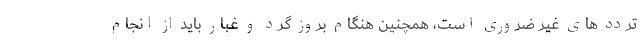
تردد های غیر ضروری است، همچنین هنگام بروز گرد و غبار باید از انجام